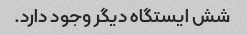
شش ایستگاه دیگر وجود دارد.